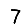
Digit: 7